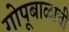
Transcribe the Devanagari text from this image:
गोपूबाळाची